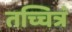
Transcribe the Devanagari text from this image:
तच्चित्रं